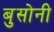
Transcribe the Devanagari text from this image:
बुसोनी